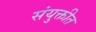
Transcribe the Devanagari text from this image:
संयुक्तीत